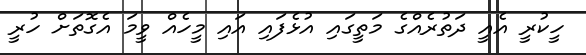
ހީކުރީ އެއީ ދަތުރެއްގެ މަތީގައި އުޅެފައި އައި މީހެއް ވީމަ އެގޮތަށް ހުރީ